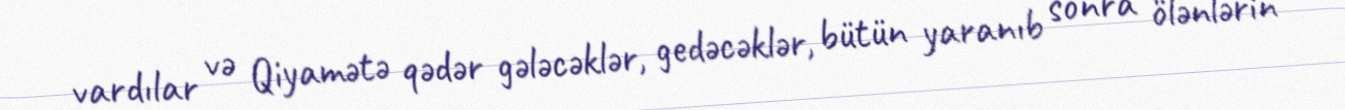
vardılar və Qiyamətə qədər gələcəklər, gedəcəklər, bütün yaranıb sonra ölənlərin